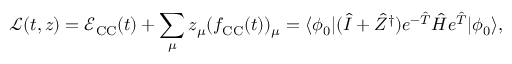
\mathcal L ( t , z ) = \mathcal { E } _ { \mathrm { C C } } ( t ) + \sum _ { \mu } z _ { \mu } ( f _ { \mathrm { C C } } ( t ) ) _ { \mu } = \langle \phi _ { 0 } \vert ( \hat { I } + \hat { Z } ^ { \dagger } ) e ^ { - \hat { T } } \hat { H } e ^ { \hat { T } } \vert \phi _ { 0 } \rangle ,